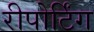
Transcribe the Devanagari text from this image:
रीपोर्टिंग